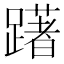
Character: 躇